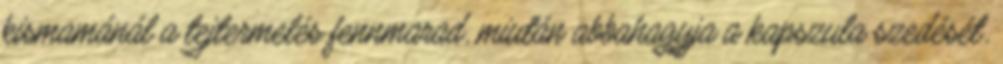
kismamánál a tejtermelés fennmarad, miután abbahagyja a kapszula szedését.